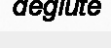
deglute